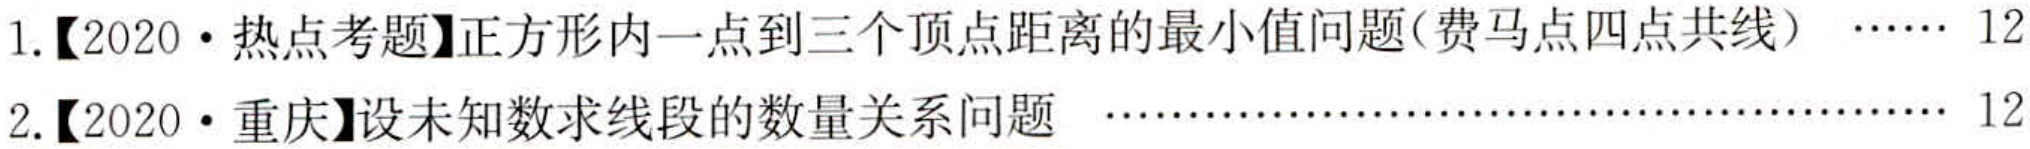
1.【2020·热点考题】正方形内一点到三个顶点距离的最小值问题(费马点四点共线)  \(\cdots\cdots\) 12

2.【2020·重庆】设未知数求线段的数量关系问题  \(\cdots\cdots\) 12